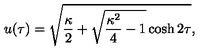
u ( \tau ) = \sqrt { { \frac { \kappa } { 2 } } + \sqrt { { \frac { \kappa ^ { 2 } } { 4 } } - 1 } \cosh 2 \tau } ,